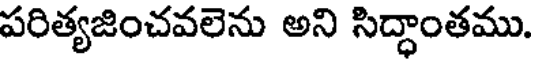
పరిత్యజించవలెను అని సిద్ధాంతము.